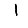
Digit: 1